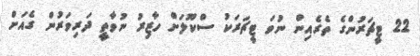
22 ޓީޗަރުންގެ ތެރެއިން ނުވަ ޓީޗަރަކު ސްކޫލަށް ހާޒިރު ނުވާތީ ދަރިވަރުން ގެއަށް